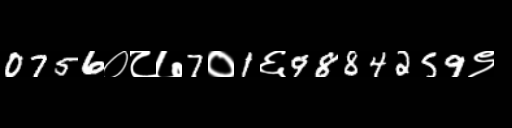
Text: 0756०८७7०1६9884259९